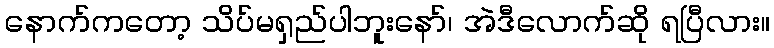
နောက်ကတော့ သိပ်မရှည်ပါဘူးနော်၊ အဲဒီလောက်ဆို ရပြီလား။